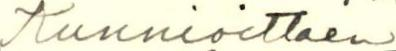
Kunnioittaen